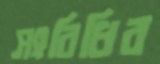
সংবিধির